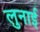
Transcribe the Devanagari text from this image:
लुनाई